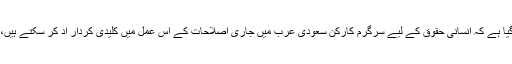
مشترکہ اعلاميے ميں مزيد گيا ہے کہ انسانی حقوق کے لیے سرگرم کارکن سعودی عرب ميں جاری اصلاحات کے اس عمل ميں کليدی کردار اد کر سکتے ہيں، جو ان دنوں وہاں جاری ہے۔